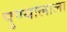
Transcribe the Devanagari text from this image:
पुण्यालाला